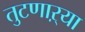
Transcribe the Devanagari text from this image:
तुटणाऱ्या